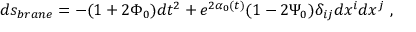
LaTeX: d s _ { b r a n e } = - ( 1 + 2 \Phi _ { 0 } ) d t ^ { 2 } + e ^ { 2 \alpha _ { 0 } ( t ) } ( 1 - 2 \Psi _ { 0 } ) \delta _ { i j } d x ^ { i } d x ^ { j } \ ,